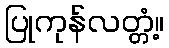
ပြုကုန်လတ္တံ့။